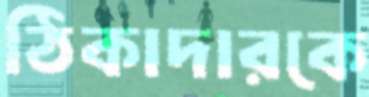
ঠিকাদারকে